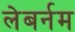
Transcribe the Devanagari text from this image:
लेबर्नम